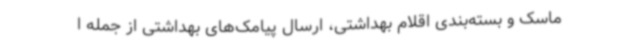
ماسک و بسته‌بندی اقلام بهداشتی، ارسال پیامک‌های بهداشتی از جمله ا